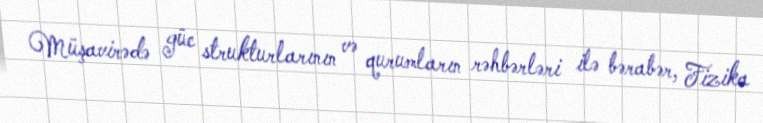
Müşavirədə güc strukturlarının və qurumların rəhbərləri ilə bərabər, Fizika